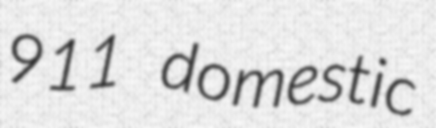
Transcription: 911 domestic